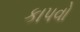
કાપવો